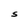
Character: S